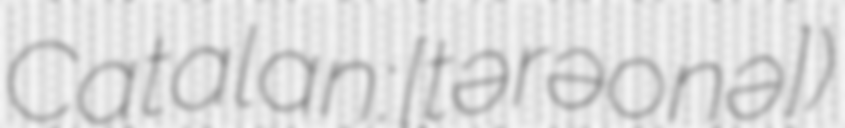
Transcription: Catalan: [tərəˈɣonə])